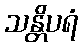
သန္တိပရံ